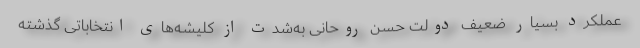
عملکرد بسیار ضعیف دولت حسن روحانی به‌شدت از کلیشه‌های انتخاباتی گذشته